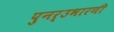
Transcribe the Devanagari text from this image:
पुनर्उभारणी